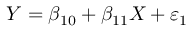
Y = \beta _ { 1 0 } + \beta _ { 1 1 } X + \varepsilon _ { 1 }